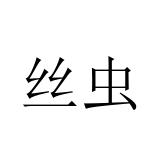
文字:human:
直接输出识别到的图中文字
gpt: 丝虫